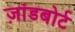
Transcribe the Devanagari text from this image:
ज़ांडबोर्ट